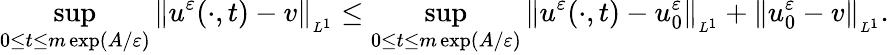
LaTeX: \operatorname*{sup}_{0\leq t\leq m\exp(A/\varepsilon)}\| u^{\varepsilon}(\cdot,t)-v\| _{_{L^{1}}}\leq\operatorname*{sup}_{0\leq t\leq m\exp(A/\varepsilon)}\| u^{\varepsilon}(\cdot,t)-u_{0}^{\varepsilon}\| _{_{L^{1}}}+\| u_{0}^{\varepsilon}-v\| _{_{L^{1}}}.